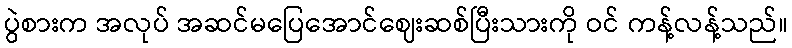
ပွဲစားက အလုပ် အဆင်မပြေအောင်ဈေးဆစ်ပြီးသားကို ဝင် ကန့်လန့်သည်။